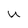
Character: U